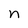
Character: n